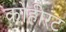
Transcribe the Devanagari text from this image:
कोहीरंट